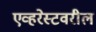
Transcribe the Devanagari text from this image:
एव्हरेस्टवरील